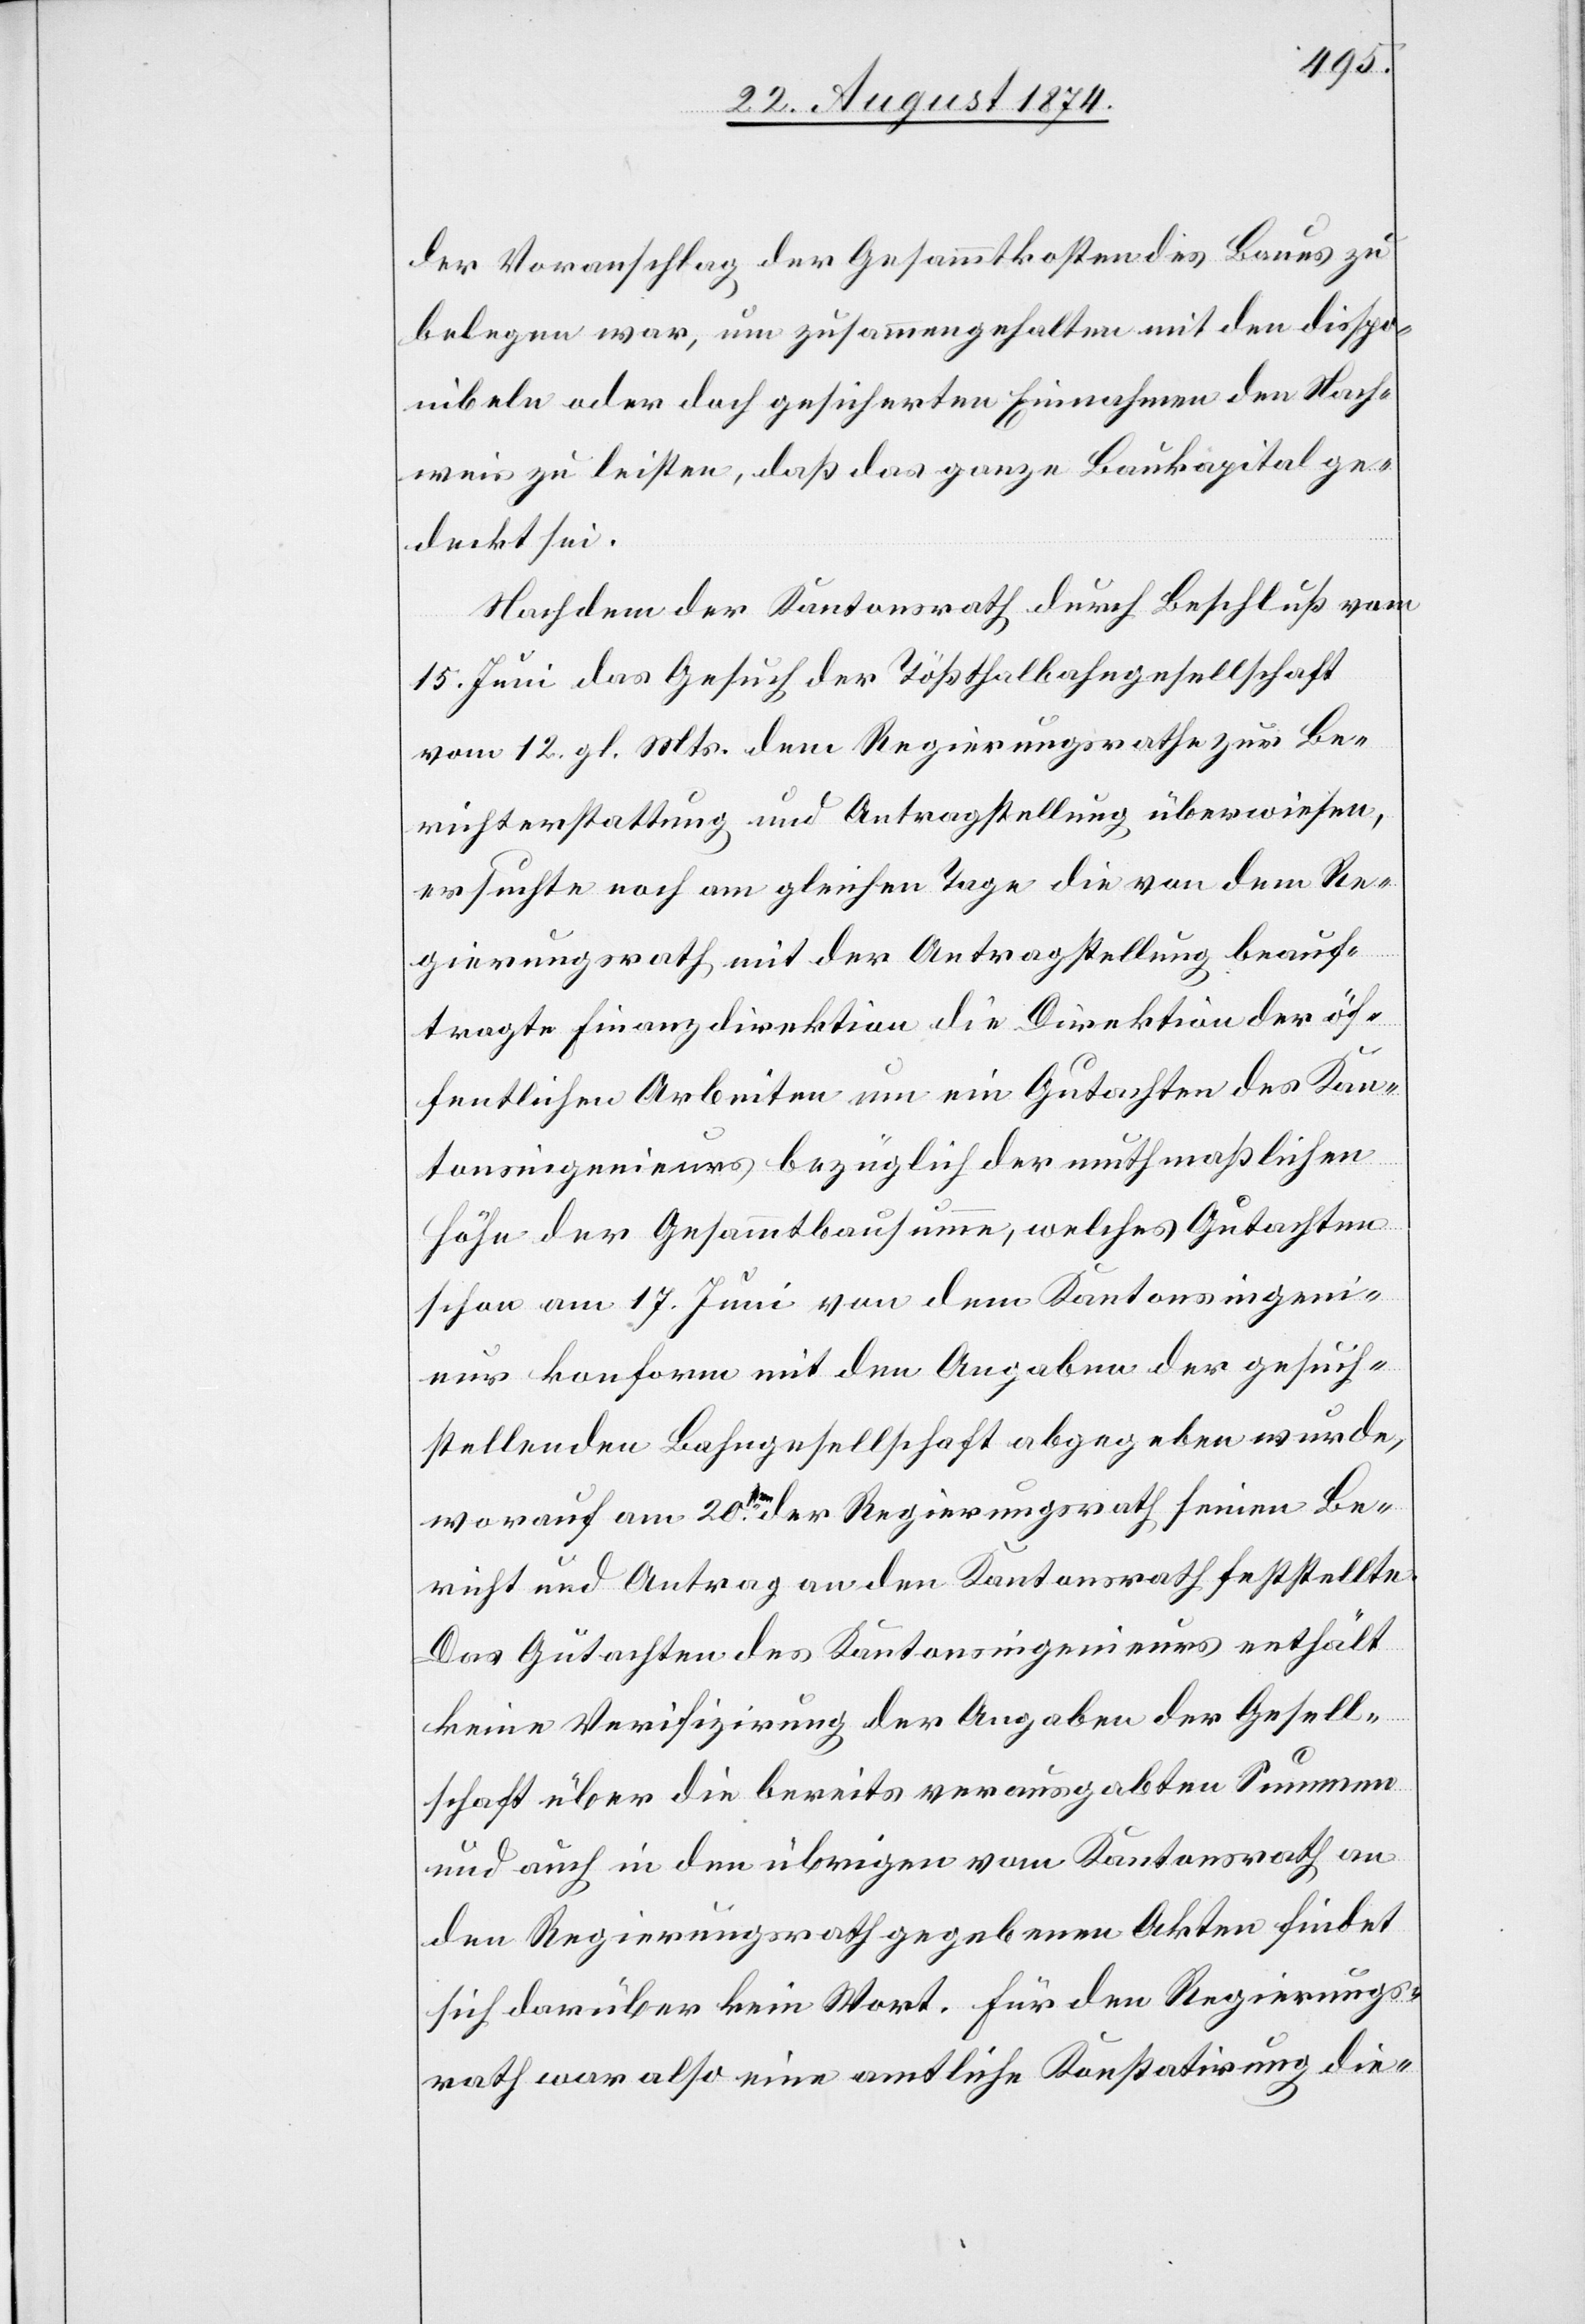
der Voranschlag der Gesammtkosten dies[es] Baus zu
belegen war, um zusammengehalten mit den dispo¬
nibeln oder doch gesicherten Einnahmen den Nach¬
weis zu leisten, daß das ganze Baukapital ge¬
deckt sei.
Nachdem der Kantonsrath durch Beschluß vom
15. Juni das Gesuch der Tößthalbahngesellschaft
vom 12. gl. Mts. dem Regierungsrathe zur Be¬
richterstattung und Antragstellung überwiesen,
ersuchte noch am gleichen Tage die von dem Re¬
gierungsrath mit der Antragstellung beauf¬
tragte Finanzdirektion die Direktion der öf¬
fentlichen Arbeiten um ein Gutachten des Kan¬
tonsingenieurs bezüglich der muthmaßlichen
Höhe der Gesammtbausumme, welches Gutachten
schon am 17. Juni von dem Kantonsingeni¬
eur konform mit den Angaben der gesuch¬
stellenden Bahngesellschaft abgegeben wurde,
worauf am 20ten der Regierungsrath seinen Be¬
richt und Antrag an den Kantonsrath feststellte.
Das Gutachten des Kantonsingenieurs enthält
keine Verifizirung der Angaben der Gesell¬
schaft über die bereits verausgabten Summen
und auch in den übrigen vom Kantonsrath an
den Regierungsrath gegebenen Akten findet
sich darüber kein Wort. Für den Regierungs¬
rath war also eine amtliche Konstatirung die-